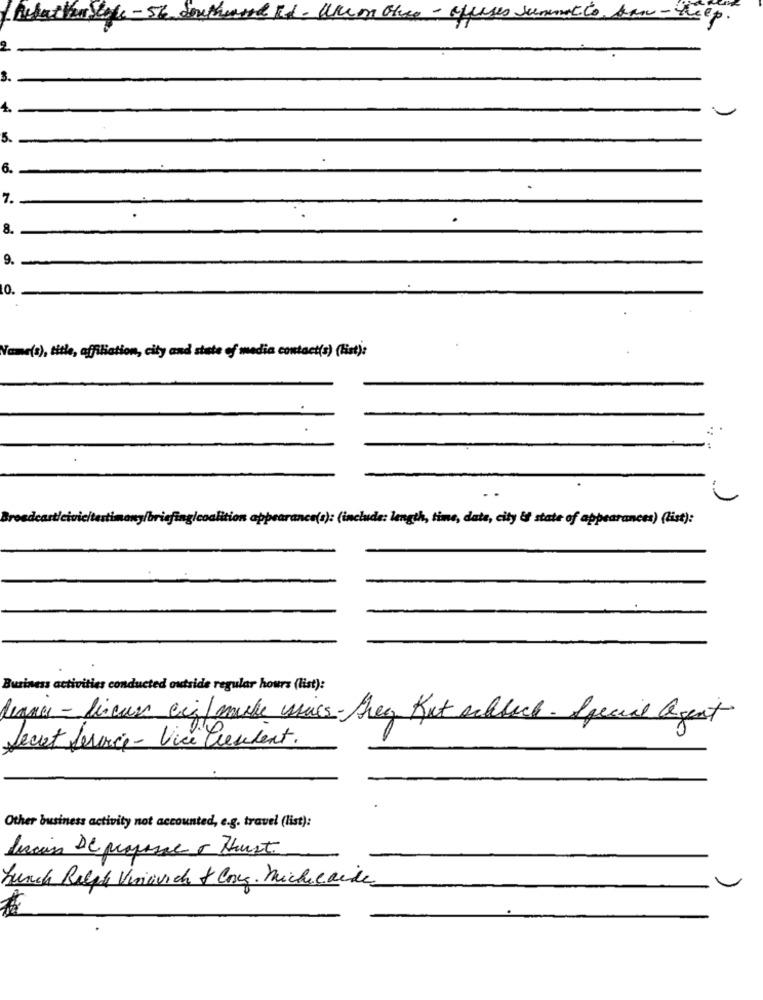
RectatheStyle - 56 Southwood Ed - Warm Grey - offeses rummet to, san-Reep.
3.
4.
5.
6.
7.
8.
9. -
10.
(3), title, affiliation, city and state of media contact(s) (at):
co(s): (include: length, time, date, city &t state of appearances) (list):
Business activities conducted outside regular hours (list):
lignes -lincur cic mike ssics- Areg But ochback. Special agent
Secret Service - Vice President.
Other business activity not accounted, e.g. travel (list):
frais De proposal o Hust
Lunch Ralph Vinovich & Coseg. Michelaide